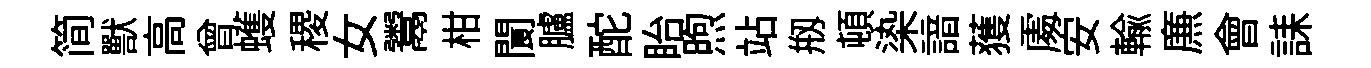
简獸高曾蠖稷女鬻柑閬臚酡眙煦站剏頓𣑱諳𫉬𠁅安輸㢘會誄